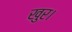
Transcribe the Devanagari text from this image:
खुर।